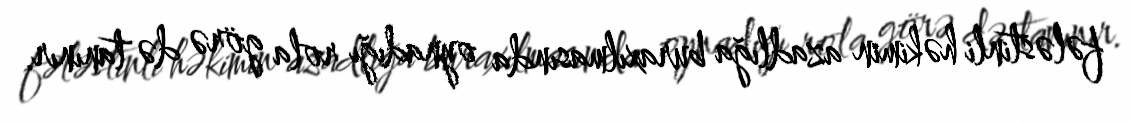
fələstinli həkimin azadlığa buraxılmasında oynadığı rola görə də tanınır.